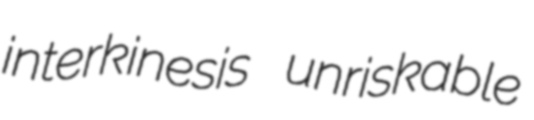
interkinesis unriskable